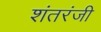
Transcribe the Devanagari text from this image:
शंतरंजी